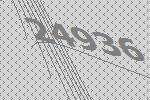
24936